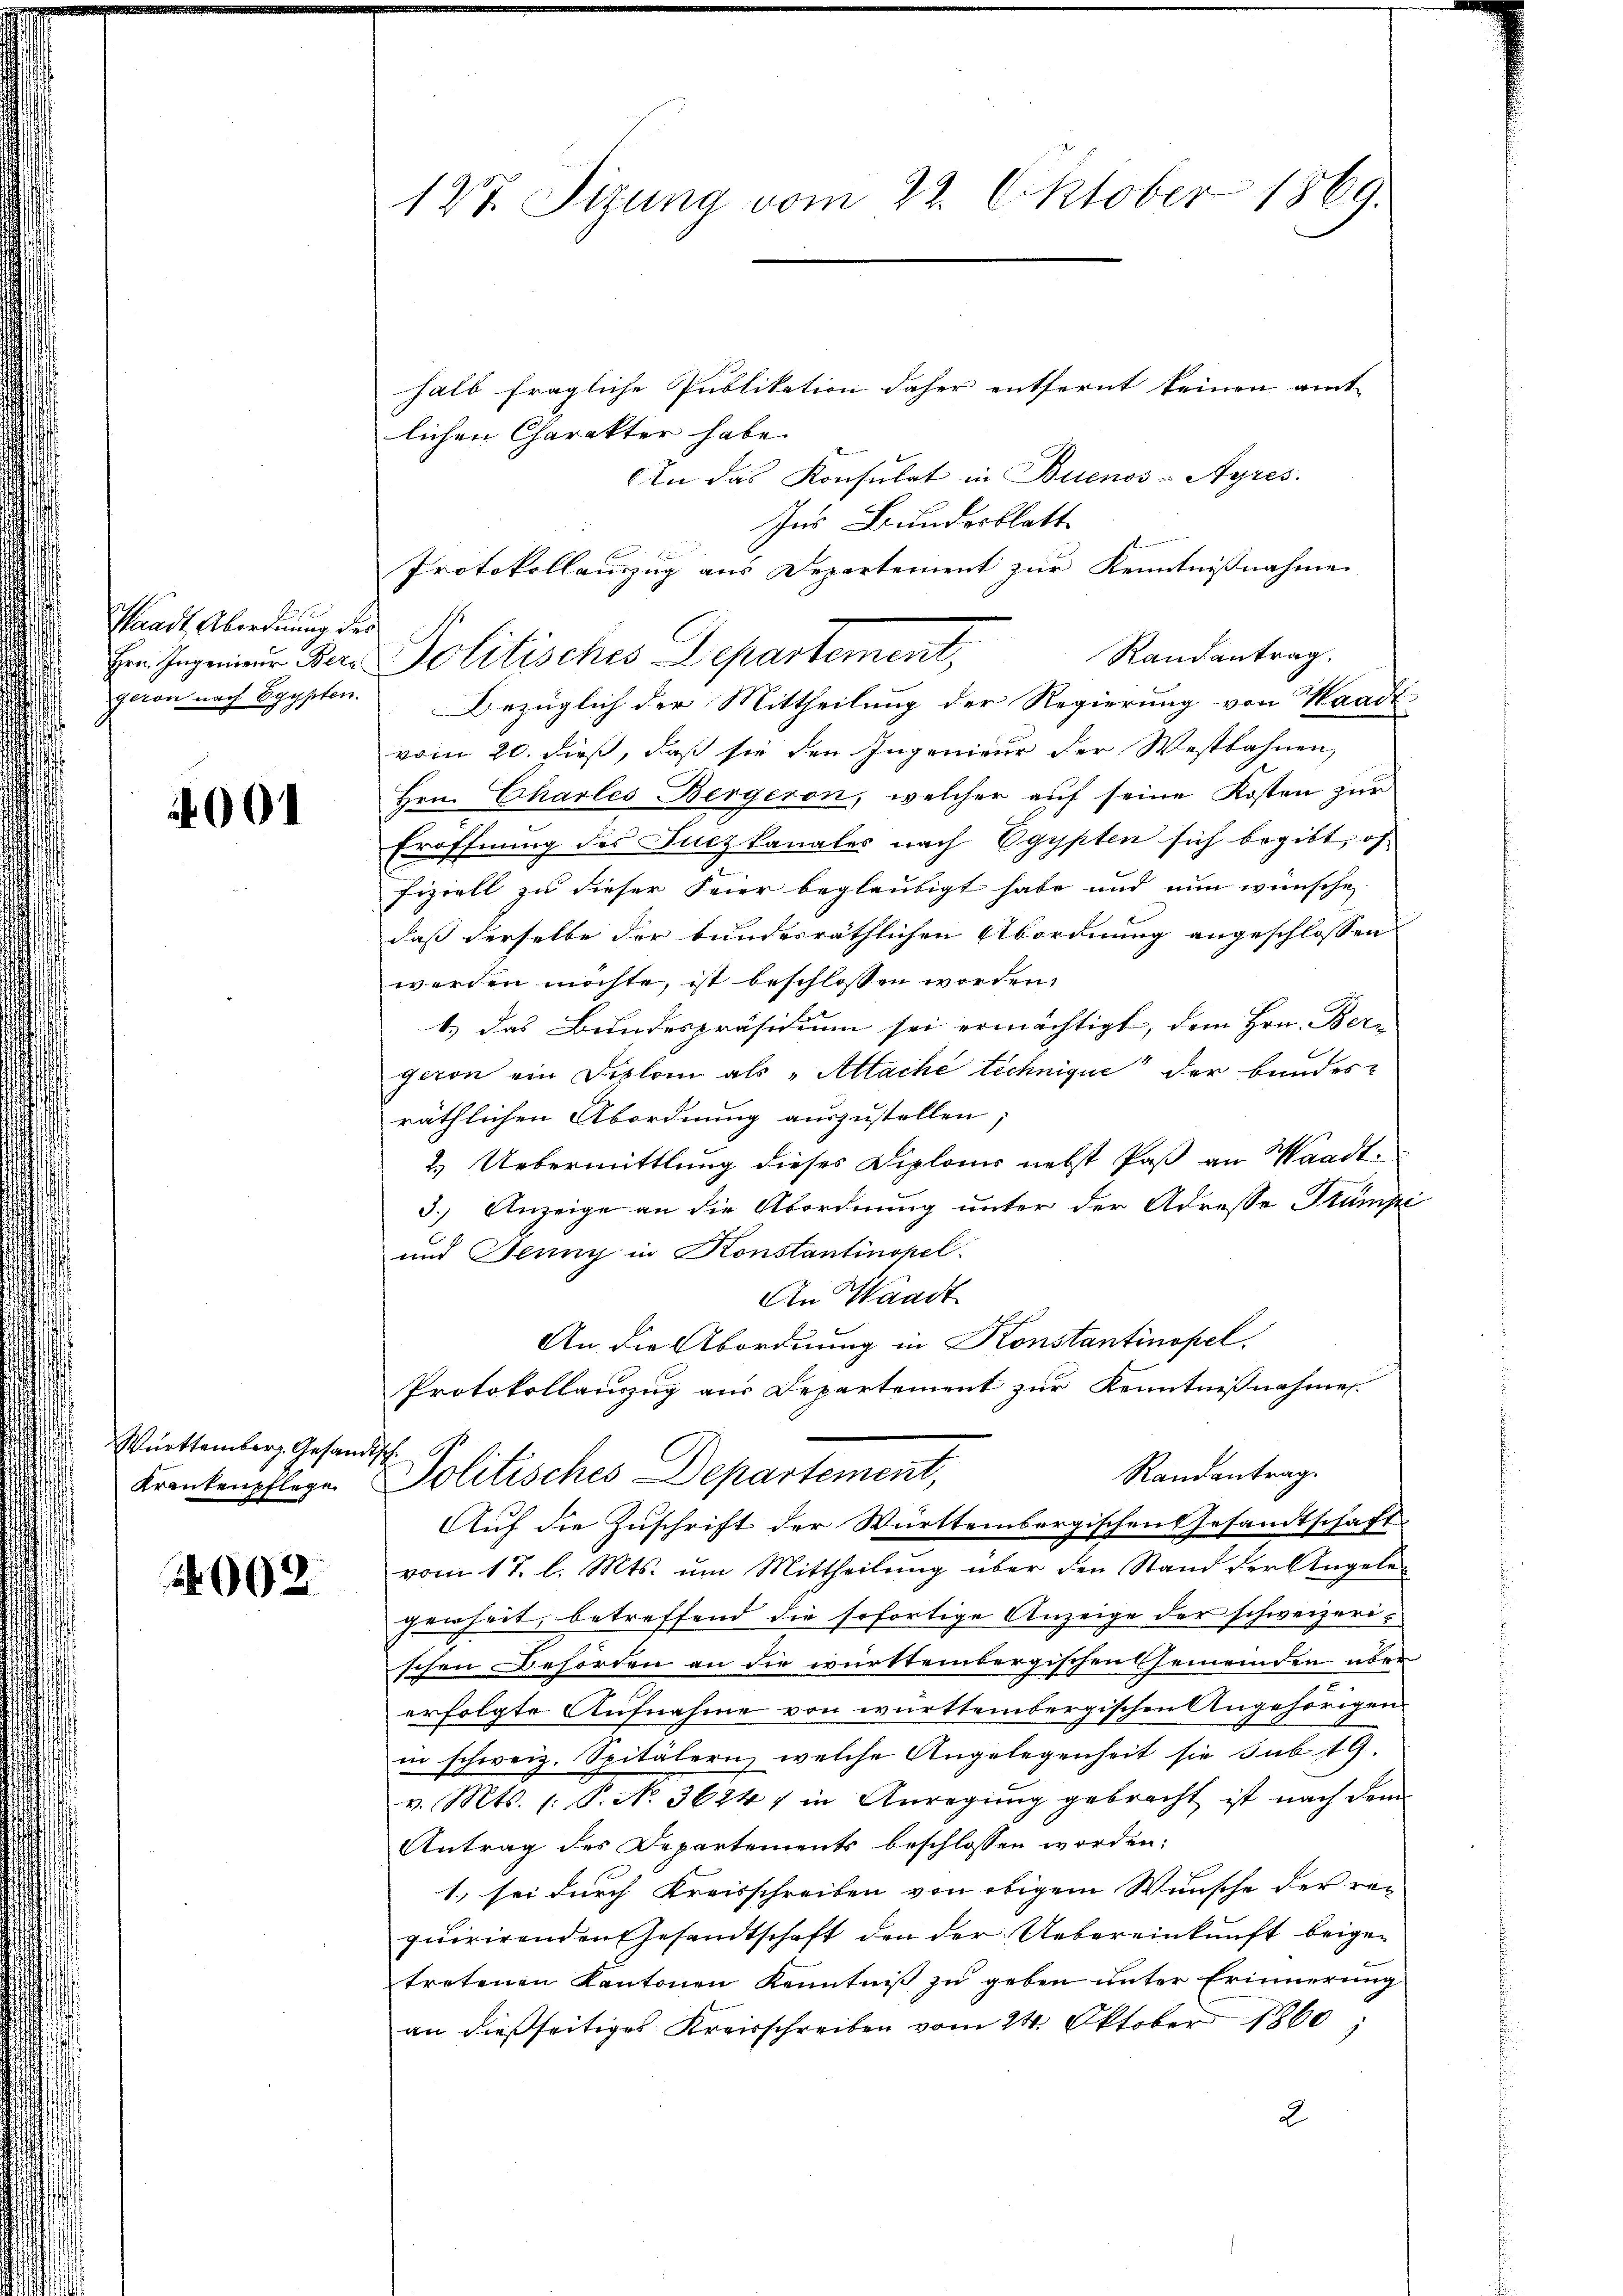
001

Württemberg. Gesandtsch.
Krankenpflege

092

Waadt, Abordnung der
Hrn. Ingenieur Bere
geron nach Egypten.

127. Sizung vom 22. Oktober 1869.

halb fragliche Publikation daher entfernt keinen amt-
lichen Charakter habe.
In das Konsulat in Buenos-Ayres.
Ins Bundesblatt
Randantrag.
Bezüglich der Mittheilung der Regierung von Waadt
vom 20. dieß, daß sie den Ingenieur der Westbahnen,
Hrn. Charles Bergeron, welcher auf seine Kosten zur
Eröffnung des Suczkanales nach Egypten sich begibt, of
fiziell zu dieser Feier beglaubigt habe und nun wünsche
daß derselbe der bundesräthlichen Abordnung angeschlossen
werden möchte, ist beschlossen worden.
1.) Das Bundespräsidium sei ermächtigt, dem Hrn. Ber-
geron ein Diplom als „Attache technique“ der bundes-
räthlichen Abordnung auszustellen;
2.) Uebermittlung dieses Diplonis nebst Paß an Waadt,
3.) Anzeige an die Abordnung unter der Adresse Trumpe
und Jenny in Konstantinopel.
An Waadt
An die Abordnung in Konstantinopel,
Protokollauszug aus Departement zur Kenntnisnahmes.
Randantrag.
Politisches Departement,
Auf die Zuschrift der Württembergischen Gesandtschaft
vom 17. l. Mts. um Mittheilung über den Stand der Angelepriheit, betreffend die sofortige Anzeige der schweizeri-
schen Behörden an die württembergischen Gemeinden über
erfolgte Aufnahme von württembergischen Angehörigen
in schweiz. Spitälern, welche Angelegenheit sie sub 19.
v. Mts. 1: P. N. 3624, in Anregung gebracht ist nach dem
Antrag des Departements beschlossen worden:
1.), sei durch Kreisschreiben von obigem Wunsche der re-
qŭirirenden Gesandtschaft den der Uebereinkunft beigetretenen Kantonen Kenntniß zu geben unter Erinnerung
an dießseitiges Kreisschreiben vom 24. Oktober 1860
2

Protokollauszug aus Departement zur Kenntnißnahme
Politisches Departement,